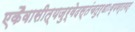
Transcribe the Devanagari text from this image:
एकैवासीत्यजुर्वेदस्तंचतुर्धाःव्यवर्तयत्